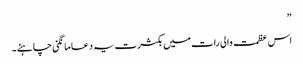
”
اس عظمت والی رات میں بکثرت یہ دعا مانگنی چاہئے۔